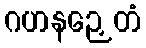
ဂဟနဉှေတံ